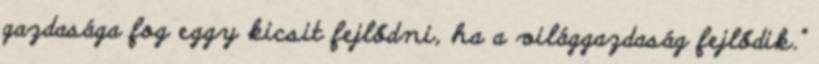
gazdasága fog eggy kicsit fejlődni, ha a világgazdaság fejlődik."